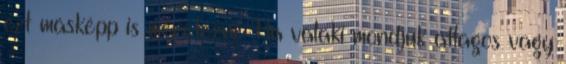
ezt másképp is méretezni. Ha valaki mondjuk átlagos vagy